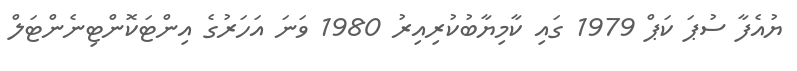
ޔުއެފާ ސުޕަ ކަޕް 1979 ގައި ކާމިޔާބުކުރިއިރު 1980 ވަނަ އަހަރުގެ އިންޓަކޮންޓިނެންޓަލް